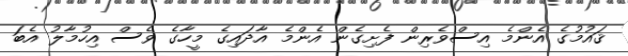
ޤައުމުގެ އެންމެ އިސްވެރިން ފެށިގެން އެންމެ އާދައިގެ މީހާގެ ވެސް އިހުމާލު އެބަ